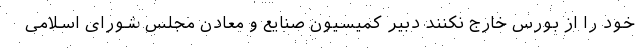
خود را از بورس خارج نکنند دبیر کمیسیون صنایع و معادن مجلس شورای اسلامی